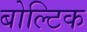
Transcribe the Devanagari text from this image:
बोल्टिक